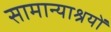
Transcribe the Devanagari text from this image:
सामान्याश्रयों